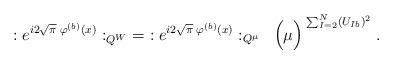
LaTeX: \begin{align*}: e^{i2\sqrt{\pi} \; \varphi^{(b)}(x)} :_{Q^W} \; = \;: e^{i2\sqrt{\pi} \; \varphi^{(b)}(x)} :_{Q^\mu} \; \;\Big( \mu \Big)^{\; \sum_{I=2}^N (U_{Ib})^2} \; .\end{align*}